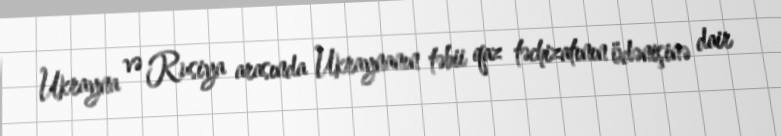
Ukrayna və Rusiya arasında Ukraynanın təbii qaz təchizatının ödənişinə dair